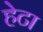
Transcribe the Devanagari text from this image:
हेटा